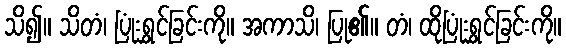
သိ၍။ သိတံ၊ ပြုံးရွှင်ခြင်းကို။ အကာသိ၊ ပြု၏။ တံ၊ ထိုပြုံးရွှင်ခြင်းကို။